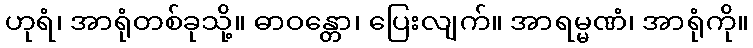
ဟုရံ၊ အာရုံတစ်ခုသို့။ ဓာဝန္တော၊ ပြေးလျက်။ အာရမ္မဏံ၊ အာရုံကို။